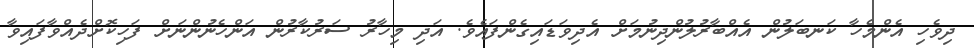
ދިވެހި އެންމެހާ ކަނބަލުން އެއްބާރުލުންދިނުމަށް އެދިވަޑައިގެންފައެވެ. އަދި މިހާރު ސަރުކާރުން އަންހެނުންނަށް ފަހިކޮށްދެއްވާފައިވާ